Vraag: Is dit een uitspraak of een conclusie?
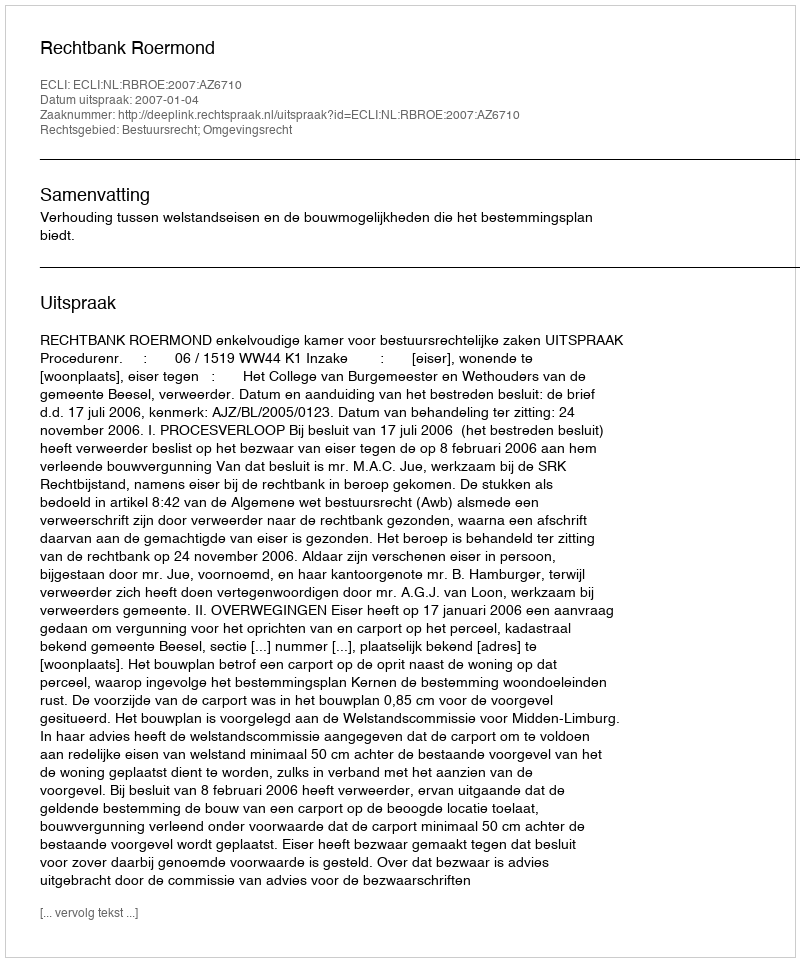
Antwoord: Uitspraak